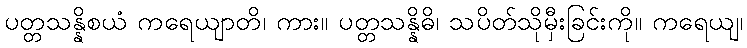
ပတ္တသန္နိစယံ ကရေယျာတိ၊ ကား။ ပတ္တသန္နိဓိ၊ သပိတ်သိုမှီးခြင်းကို။ ကရေယျ၊